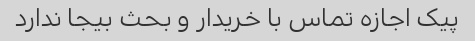
پیک اجازه تماس با خریدار و بحث بیجا ندارد